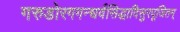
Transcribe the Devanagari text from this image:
गरुडोरगगन्धर्वसिद्धादिसुरपूजितम्